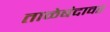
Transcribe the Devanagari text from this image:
ताळेबंदावर